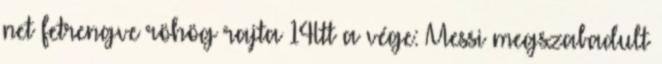
net fetrengve röhög rajta 14Itt a vége: Messi megszabadult